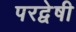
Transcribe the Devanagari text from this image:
परद्वेषी